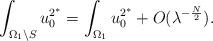
LaTeX: \begin{align*}\begin{array}{ll}\displaystyle\int_{\Omega_1\setminus S}u_0^{2^*}=\int_{\Omega_1} u_0^{2^*}+O(\lambda^{-\frac{N}{2}}).\end{array}\end{align*}